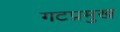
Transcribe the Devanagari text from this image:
गटप्रमुख